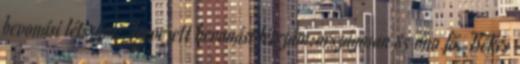
bevonási létszám: Tervezett bevonási létszám:országosan 85 000 fő, Békés